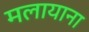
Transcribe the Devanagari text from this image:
मलायाना